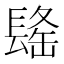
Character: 𰿒